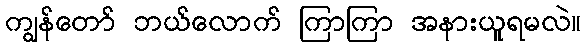
ကျွန်တော် ဘယ်လောက် ကြာကြာ အနားယူရမလဲ။